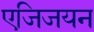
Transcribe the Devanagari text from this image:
एजिजयन